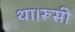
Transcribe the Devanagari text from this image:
था।रूसी